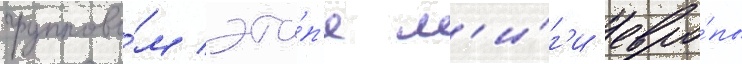
группово́м эта́п'е л'и́г'и евро́пы